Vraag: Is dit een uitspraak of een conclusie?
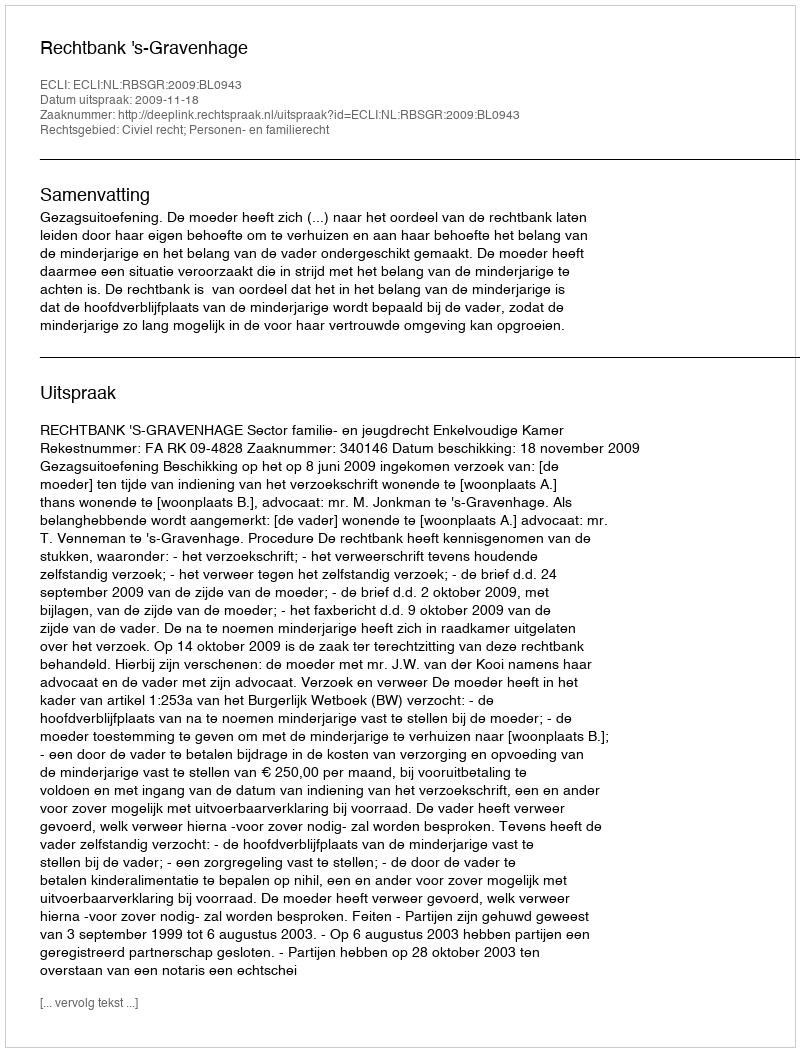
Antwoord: Uitspraak